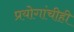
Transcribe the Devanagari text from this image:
प्रयोगांचीही